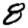
Digit: 8